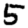
Digit: 5